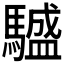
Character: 𩦝